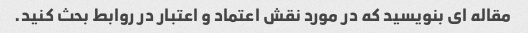
مقاله ای بنویسید که در مورد نقش اعتماد و اعتبار در روابط بحث کنید.